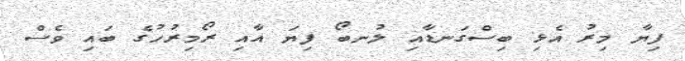
ފިޔާ މިރު އެޅި ބިސްގަނޑާއި ލުނބޯ ފިޔަ އާއި ރޯމިރުހުގެ ބައި ވެސް